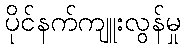
ပိုင်နက်ကျူးလွန်မှု